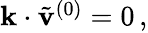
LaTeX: \begin{array}{r}{\mathbf{k}\cdot\tilde{\mathbf{v}}^{(0)}=0\, ,}\end{array}